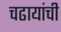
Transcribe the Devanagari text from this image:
चढायांची